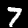
Label: 7